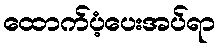
ထောက်ပံ့ပေးအပ်ရာ